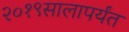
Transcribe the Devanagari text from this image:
२०१९सालापर्यंत